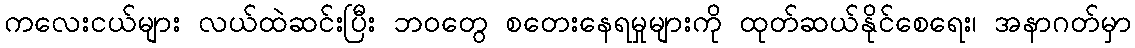
ကလေးငယ်များ လယ်ထဲဆင်းပြီး ဘဝတွေ စတေးနေရမှုများကို ထုတ်ဆယ်နိုင်စေရေး၊ အနာဂတ်မှာ